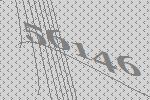
56146